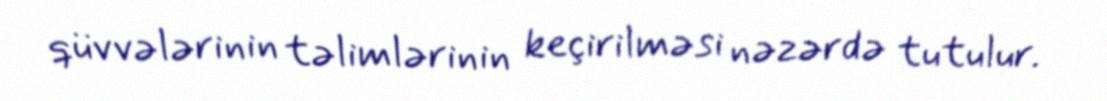
qüvvələrinin təlimlərinin keçirilməsi nəzərdə tutulur.